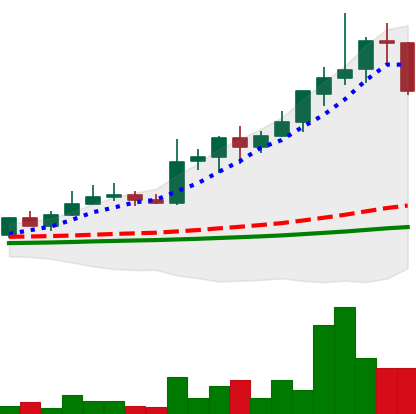
Ticker: LINK-USD
Chart end date: 2019-05-25
Forward return: -9.259%
Label: down_7plus